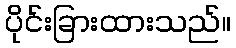
ပိုင်းခြားထားသည်။